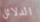
الدلائل